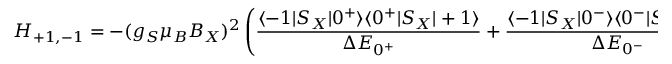
H _ { + 1 , - 1 } = - ( g _ { S } \mu _ { B } B _ { X } ) ^ { 2 } \left( \frac { \langle - 1 | S _ { X } | 0 ^ { + } \rangle \langle 0 ^ { + } | S _ { X } | + 1 \rangle } { \Delta E _ { 0 ^ { + } } } + \frac { \langle - 1 | S _ { X } | 0 ^ { - } \rangle \langle 0 ^ { - } | S _ { X } | + 1 \rangle } { \Delta E _ { 0 ^ { - } } } \right)